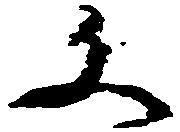
文